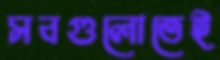
সবগুলোতেই